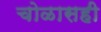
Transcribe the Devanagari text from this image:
चोळासही